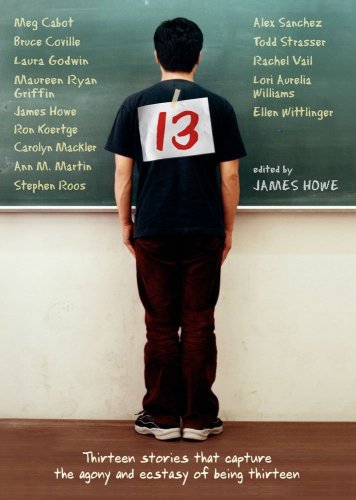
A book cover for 13: Thirteen Stories That Capture the Agony and Ecstasy of Being Thirteen; Teen & Young Adult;